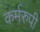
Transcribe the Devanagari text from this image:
कर्मरुपी